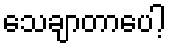
သေချာတာပေါ့